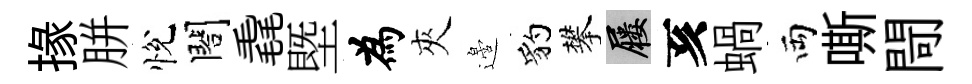
掾胼悅閤毳塈為夾邉豹攀屨亥蝸両嘶閜